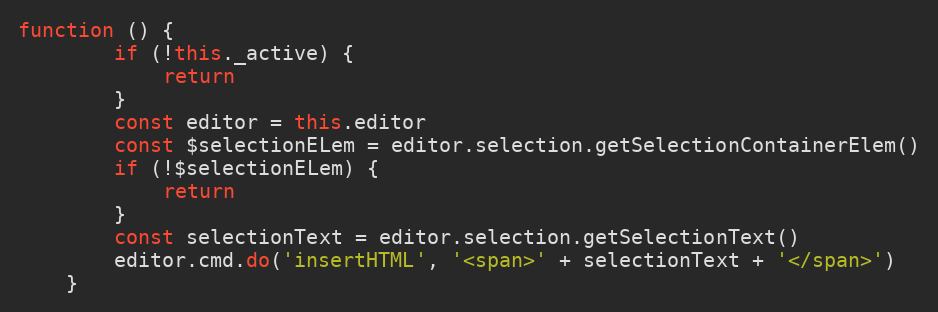
Language: JavaScript
function () {
        if (!this._active) {
            return
        }
        const editor = this.editor
        const $selectionELem = editor.selection.getSelectionContainerElem()
        if (!$selectionELem) {
            return
        }
        const selectionText = editor.selection.getSelectionText()
        editor.cmd.do('insertHTML', '<span>' + selectionText + '</span>')
    }